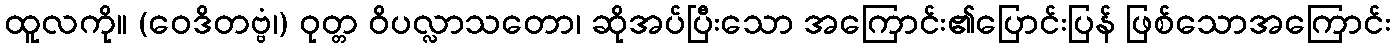
ထူလကို။ (ဝေဒိတဗ္ဗံ၊) ဝုတ္တ ဝိပလ္လာသတော၊ ဆိုအပ်ပြီးသော အကြောင်း၏ပြောင်းပြန် ဖြစ်သောအကြောင်း